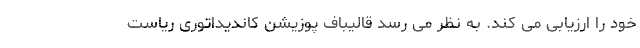
خود را ارزیابی می کند. به نظر می رسد قالیباف پوزیشن کاندیداتوری ریاست